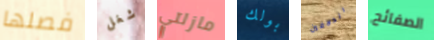
فصلها شغل مازلتي بولك الدلافين الصفائح